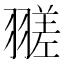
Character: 𦒁